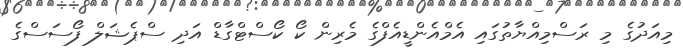
މިއަދުގެ މި ރަސްމިއްޔާތުގައި އެމްއެންޑީއެފްގެ މެރިން ކޯ ކޯސްޓްގާޑް އަދި ސްޕެޝަލް ފޯސަސްގެ